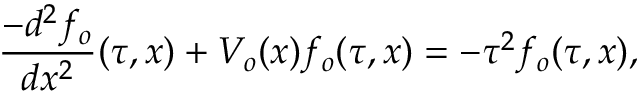
\frac { - d ^ { 2 } f _ { o } } { d x ^ { 2 } } ( \tau , x ) + V _ { o } ( x ) f _ { o } ( \tau , x ) = - \tau ^ { 2 } f _ { o } ( \tau , x ) ,